Vaccination in Bombay 1863-1868 - 1863-1868
Year: 1863
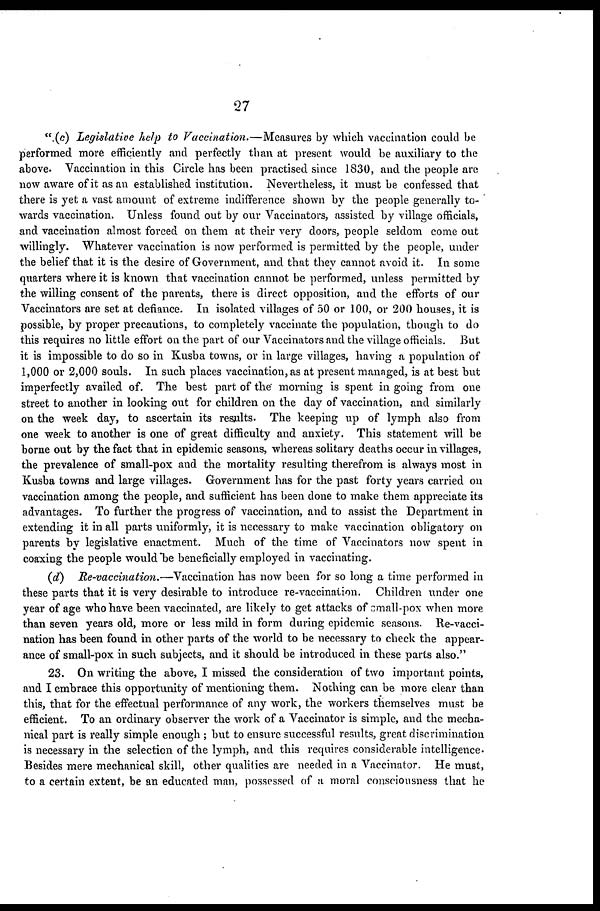
27
" (c) Legislative help to Vaccination.—Measures by which vaccination could be
performed more efficiently and perfectly than at present would be auxiliary to the
above. Vaccination in this Circle has been practised since 1830, and the people are
now aware of it as an established institution. Nevertheless, it must be confessed that
there is yet a vast amount of extreme indifference shown by the people generally to-
wards vaccination. Unless found out by our Vaccinators, assisted by village officials,
and vaccination almost forced on them at their very doors, people seldom come out
willingly. Whatever vaccination is now performed is permitted by the people, under
the belief that it is the desire of Government, and that they cannot avoid it. In some
quarters where it is known that vaccination cannot be performed, unless permitted by
the willing consent of the parents, there is direct opposition, and the efforts of our
Vaccinators are set at defiance. In isolated villages of 50 or 100, or 200 houses, it is
possible, by proper precautions, to completely vaccinate the population, though to do
this requires no little effort on the part of our Vaccinators and the village officials. But
it is impossible to do so in Kusba towns, or in large villages, having a population of
1,000 or 2,000 souls. In such places vaccination, as at present managed, is at best but
imperfectly availed of. The best part of the morning is spent in going from one
street to another in looking out for children on the day of vaccination, and similarly
on the week day, to ascertain its results. The keeping up of lymph also from
one week to another is one of great difficulty and anxiety. This statement will be
borne out by the fact that in epidemic seasons, whereas solitary deaths occur in villages,
the prevalence of small-pox and the mortality resulting therefrom is always most in
Kusba towns and large villages. Government has for the past forty years carried on
vaccination among the people, and sufficient has been done to make them appreciate its
advantages. To further the progress of vaccination, and to assist the Department in
extending it in all parts uniformly, it is necessary to make vaccination obligatory on
parents by legislative enactment. Much of the time of Vaccinators now spent in
coaxing the people would be beneficially employed in vaccinating.
(d) Re-vaccination.—Vaccination has now been for so long a time performed in
these parts that it is very desirable to introduce re-vaccination. Children under one
year of age who have been vaccinated, are likely to get attacks of small-pox when more
than seven years old, more or less mild in form during epidemic seasons. Re-vacci-
nation has been found in other parts of the world to be necessary to check the appear-
ance of small-pox in such subjects, and it should be introduced in these parts also."
23. On writing the above, I missed the consideration of two important points,
and I embrace this opportunity of mentioning them. Nothing can be more clear than
this, that for the effectual performance of any work, the workers themselves must be
efficient. To an ordinary observer the work of a Vaccinator is simple, and the mecha-
nical part is really simple enough ; but to ensure successful results, great discrimination
is necessary in the selection of the lymph, and this requires considerable intelligence.
Besides mere mechanical skill, other qualities are needed in a Vaccinator. He must,
to a certain extent, be an educated man, possessed of a moral consciousness that he